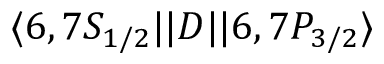
\ensuremath { \langle 6 , 7 S _ { 1 / 2 } | | } D \ensuremath { | | 6 , 7 P _ { 3 / 2 } \rangle }